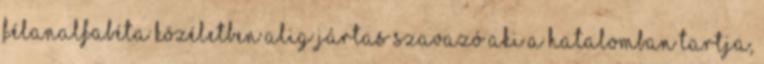
félanalfabéta közéletben alig jártas szavazó aki a hatalomban tartja,